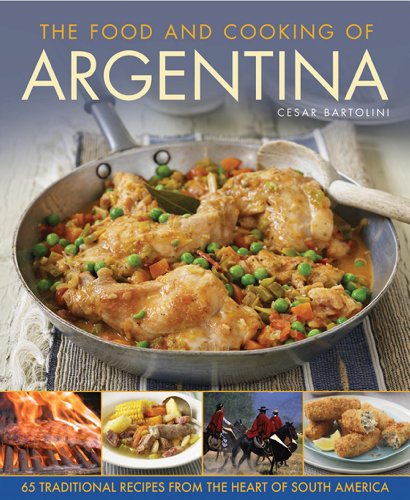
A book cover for The Food and Cooking Of Argentina: 65 Traditional Recipes from the Heart of South America; Cesar Bartolini; Cookbooks, Food & Wine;